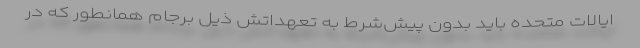
ایالات متحده باید بدون پیش‌شرط به تعهداتش ذیل برجام همانطور که در